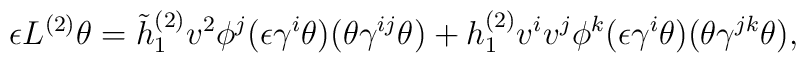
\epsilon L^{(2)} \theta = \tilde{h}^{(2)}_1 v^2 \phi^j (\epsilon \gamma^i \theta ) (\theta \gamma^{ij} \theta )  +  h^{(2)}_1 v^i v^j \phi^k (\epsilon \gamma^i \theta ) (\theta \gamma^{jk} \theta ) ,